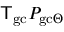
{ \sf T } _ { \mathrm { g c } } P _ { \mathrm { g c } \Theta }